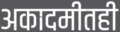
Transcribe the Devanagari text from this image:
अकादमीतही